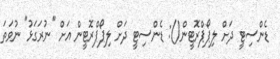
ޑެންސިޓީ ދަށް ލިޕޯޕްރޮޓީން(): ޑެންސިޓީ ދަށް ލިޕޯޕްރޮޓީން އަށް "ނުރަގަޅު" ނުވަތަ